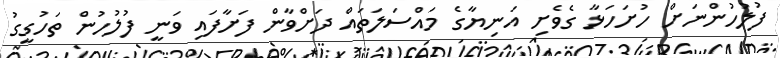
ފުލުހުންނަށް ހުށަހަޅާ ގެވެށި އަނިޔާގެ މައްސަލަތައް ދަށްވާން ފަށާފައި ވަނީ ފުލުހުން ތަހުގީގު